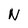
Character: N